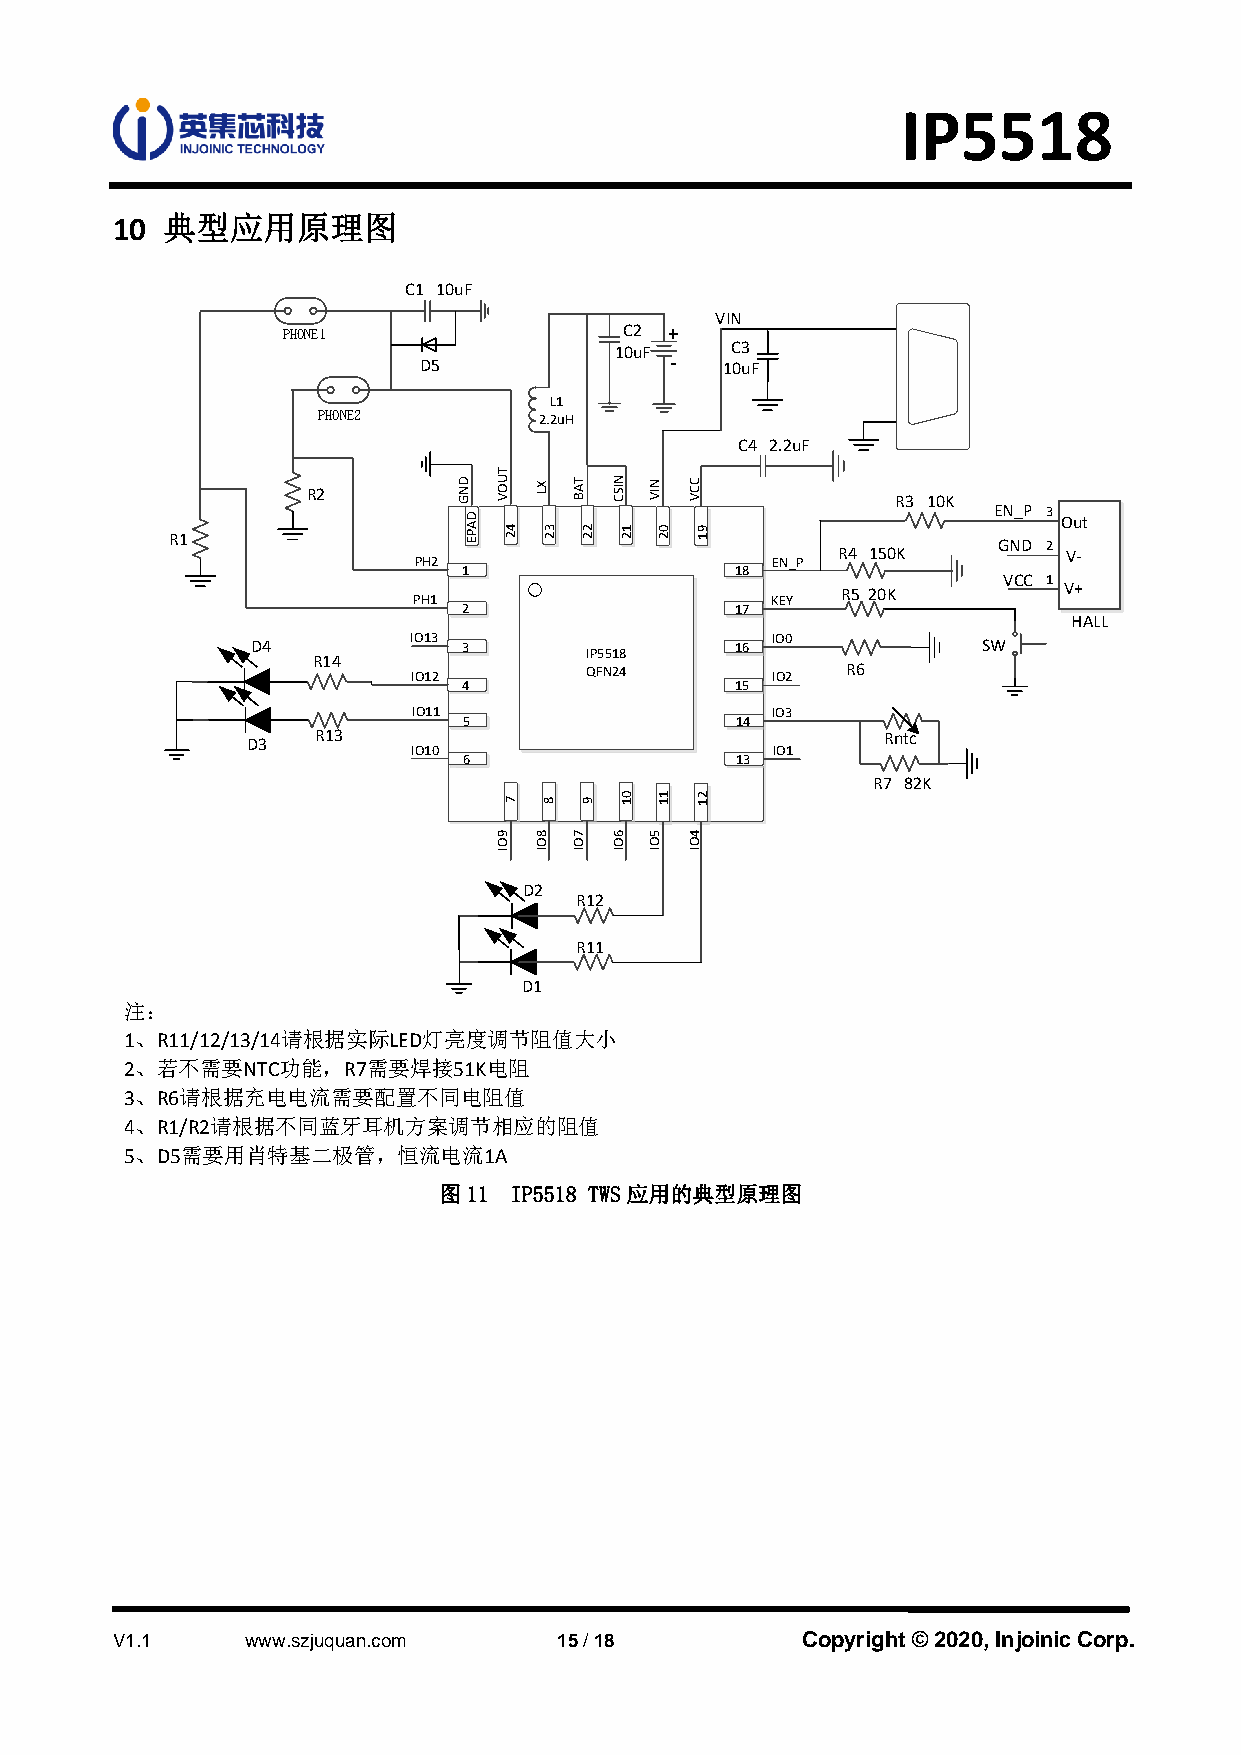
IP5518
 10  典型应用原理图
 C1 10uF
 VIN
 PHONE1                C2 +
 10uF   C3
 D5              -   10uF
 L1
 PHONE2         2.2uH
 C4 2.2uF   Micro USB
 R2
 R3 10K
 EN_P 3
 Out
 R1                                                     GND 2
 R4 150K         V-
 PH2                     EN_P
 1                 18
 VCC 1
 R5 20K        V+
 PH1                     KEY
 2                 17
 HALL
 D4        IO13 3                16 IO0          SW
 IP5518
 R14
 IO12        QFN24       IO2  R6
 4                 15
 IO11                    IO3
 5                 14
 R13                                  Rntc
 D3
 IO10                    IO1
 6                 13
 R7 82K
 D2
 R12
 R11
 D1
 注：
 1、R11/12/13/14请根据实际LED灯亮度调节阻值大小
 2、若不需要NTC功能，R7需要焊接51K电阻
 3、R6请根据充电电流需要配置不同电阻值
 4、R1/R2请根据不同蓝牙耳机方案调节相应的阻值
 5、D5需要用肖特基二极管，恒流电流1A
 图11  IP5518 TWS应用的典型原理图
 V1.1     www.szjuquan.com     15 / 18         Copyright © 2020, Injoinic Corp.
 DNG
 DAPE
 TUOV
 9OI
 42
 7
 XL
 8OI
 32
 8
 TAB
 7OI
 22
 9
 NISC
 6OI
 12
 01
 NIV
 5OI
 02
 11
 CCV
 4OI
 91
 21